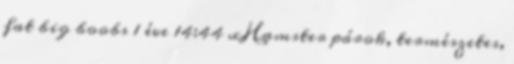
fat big boobs 1 éve 14:44 xHamster párok, természetes,